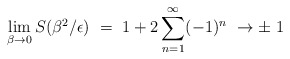
\begin{align*}\lim_{\beta\rightarrow 0}S(\beta^2/\epsilon)\ = \ 1 + 2 \sum_{n=1}^\infty (-1)^n\ \rightarrow \pm\ 1\end{align*}